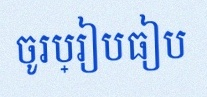
ចូរប្រៀបធៀប